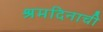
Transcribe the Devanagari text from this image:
श्रमदिनाची